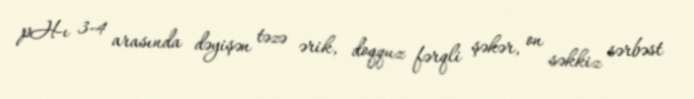
pH-ı 3-4 arasında dəyişən təzə ərik, doqquz fərqli şəkər, on səkkiz sərbəst